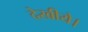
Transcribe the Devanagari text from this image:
देखीये।